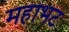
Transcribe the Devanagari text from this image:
महाभट